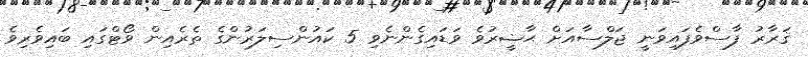
ޤަރާރު ފާސްވެފައިވަނީ ޖަލްސާއަށް ޙާޟީރުވެ ވަޑައިގެންނެވި 5 ކައުންސިލަރުންގެ ތެރެއިން ވޯޓްގައި ބައިވެރިވެ